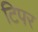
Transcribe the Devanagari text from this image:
टिपर